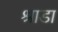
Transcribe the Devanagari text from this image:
श्राडा